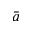
\bar { a }